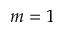
m = 1